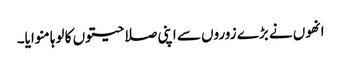
انھوں نے بڑے زوروں سے اپنی صلاحیتوں کا لوہا منوایا۔